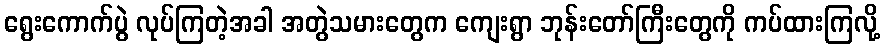
ရွေးကောက်ပွဲ လုပ်ကြတဲ့အခါ အတွဲသမားတွေက ကျေးရွာ ဘုန်းတော်ကြီးတွေကို ကပ်ထားကြလို့